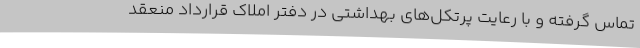
تماس گرفته و با رعایت پرتکل‌های بهداشتی در دفتر املاک قرارداد منعقد